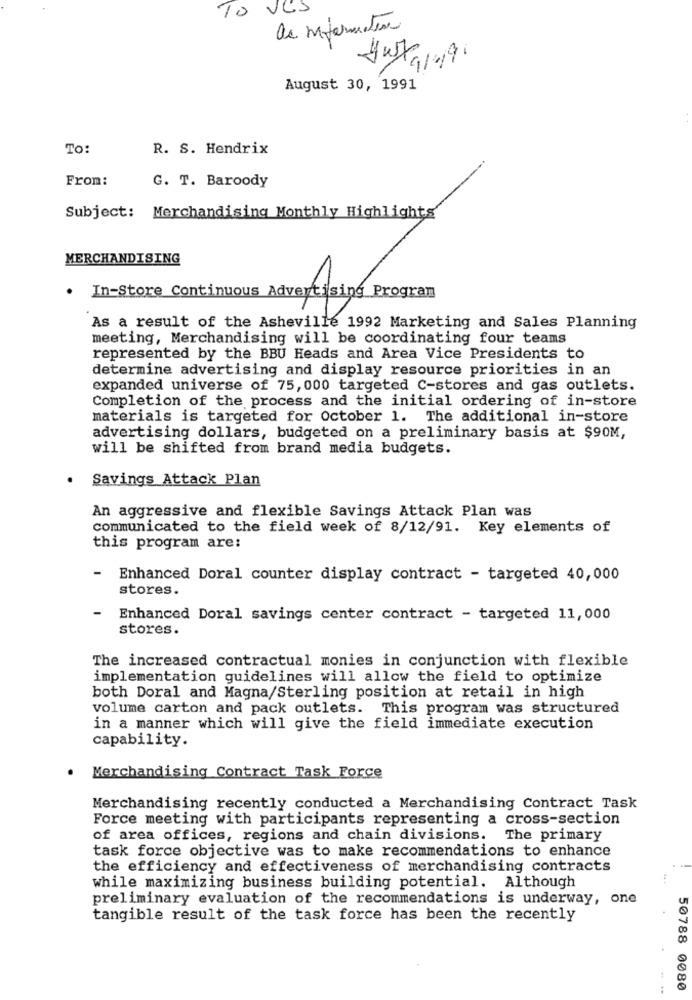
VCS
10
de mepermeten
August 30, 1991
To:
R. S. Hendrix
From:
G. T. Baroody
Subject: Merchandising Monthly Highlights
MERCHANDISING
.
In-Store Continuous Advertising Program
As a result of the Asheville 1992 Marketing and Sales Planning
meeting, Merchandising will be coordinating four teams
represented by the BBU Heads and Area Vice Presidents to
determine advertising and display resource priorities in an
expanded universe of 75, 000 targeted C-stores and gas outlets.
Completion of the process and the initial ordering of in-store
materials is targeted for October 1. The additional in-store
advertising dollars, budgeted on a preliminary basis at $90M,
will be shifted from brand media budgets.
Savings Attack Plan
An aggressive and flexible Savings Attack Plan was
communicated to the field week of 8/12/91. Key elements of
this program are:
-
Enhanced Doral counter display contract - targeted 40,000
stores.
Enhanced Doral savings center contract - targeted 11,000
stores.
The increased contractual monies in conjunction with flexible
implementation guidelines will allow the field to optimize
both Doral and Magna/Sterling position at retail in high
volume carton and pack outlets. This program was structured
in a manner which will give the field immediate execution
capability.
Merchandising Contract Task Force
Merchandising recently conducted a Merchandising Contract Task
Force meeting with participants representing a cross-section
of area offices, regions and chain divisions. The primary
task force objective was to make recommendations to enhance
the efficiency and effectiveness of merchandising contracts
while maximizing business building potential. Although
preliminary evaluation of the recommendations is underway, one
tangible result of the task force has been the recently
50788 0080